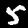
Label: 5